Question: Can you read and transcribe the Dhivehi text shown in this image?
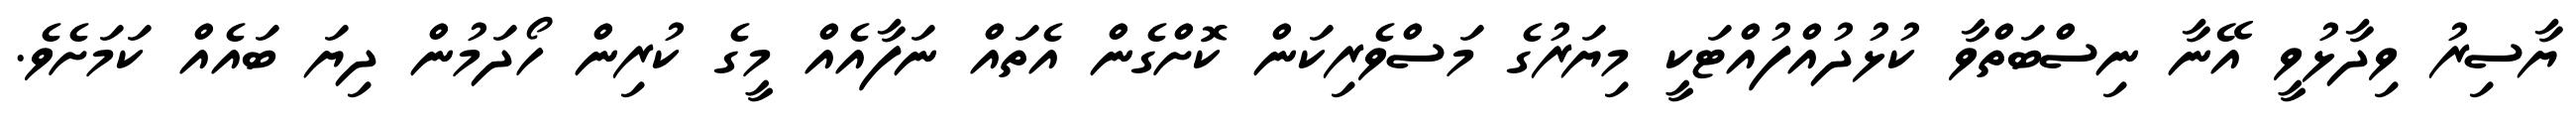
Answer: ޔާސިރު ވިދާޅުވީ އޭނާ ނިސްބަތްވާ ކުޅުދުއްފުއްޓަކީ މިޔަރުގެ މަސްވެރިކަން ކޮށްގެން އެތައް ނަފާއެއް މީގެ ކުރިން ހޯދަމުން ދިޔަ ބައެއް ކަމަށެވެ.